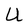
Character: U